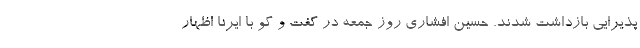
پذیرایی بازداشت شدند. حسین افشاری روز جمعه در گفت و گو با ایرنا اظهار